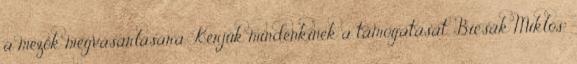
a mezők megvásárlására. Kérjük mindenkinek a támogatását. Bicsák Miklós: